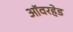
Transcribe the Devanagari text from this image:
ऑवरहेड